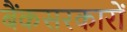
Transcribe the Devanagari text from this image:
बैंकसरकारों